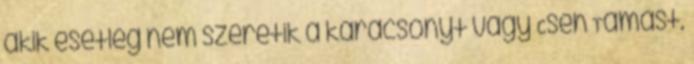
akik esetleg nem szeretik a karácsonyt vagy Cseh Tamást.